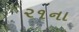
૨૧ના